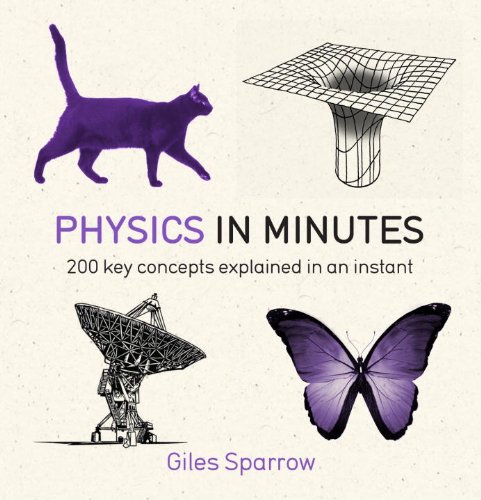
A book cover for Physics in Minutes (In Minutes (Quercus)); Giles Sparrow; Science & Math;